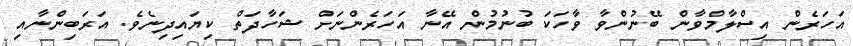
އަހަރެން އިސްލާމްވާން ބޭނުންވާ ވާހަކަ ބުނުމުން އޭނާ އަހަރެންނަށް ޝަހާދަތް ކިޔައިދިނެވެ. އަރަބިންނާއި